Sketch of the medical history of the native army of Bombay, for the year
Year: 1875
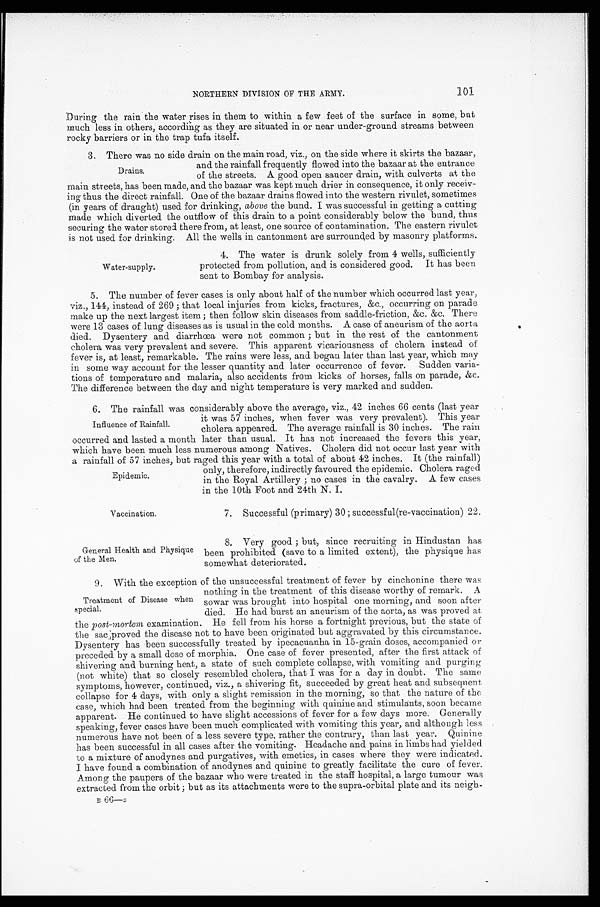
NORTHERN DIVISION OF THE ARMY.
101
During the rain the water rises in them to within a few feet of the surface in some, but
much less in others, according as they are situated in or near under-ground streams between.
rocky barriers or in the trap tufa itself.
3. There was no side drain on the main road, viz., on the side where it skirts the bazaar,
and the rainfall frequently flowed into the bazaar at the entrance
of the streets. A good open saucer drain, with culverts at the
main streets, has been made, and the bazaar was kept much drier in consequence, it only receiv -
ing thus the direct rainfall. One of the bazaar drains flowed into the western rivulet, sometimes
(in years of draught) used for drinking, above the bund. I was successful in getting a cutting
made which diverted the outflow of this drain to a point considerably below the bund, thus
securing the water stored there from, at least, one source of contamination. The eastern rivulet
is not used for drinking. All the wells in cantonment are surrounded by masonry platforms.
Drains.
Water-supply.
4. The water is drunk solely from 4 wells, sufficiently
protected from pollution, and is considered good. It has been
sent to Bombay for analysis.
5. The number of fever cases is only about half of the number which occurred last year,
viz., 144, instead of 269 ; that local injuries from kicks, fractures, &c., occurring on parade
make up the next largest item ; then follow skin diseases from saddle-friction, &c. &c. There
were 13 cases of lung diseases as is usual in the cold months. A case of aneurism of the aorta
died. Dysentery and diarrhœa were not common ; but in the rest of the cantonment
cholera was very prevalent and severe. This apparent vicariousness of cholera instead of
fever is, at least, remarkable. The rains were less, and began later than last year, which may
in some way account for the lesser quantity and later occurrence of fever. Sudden varia
- t i o n s o f t e m p e r a t u r e a n d m a l a r i a , a l s o a c c i d e n t s f r o m k i c k s o f h o r s e s , f a l l s o n p a r a d e , & c .
The difference between the day and night temperature is very marked and sudden.
6. The rainfall was considerably above the average, viz., 42 inches 66 cents (last year
it was 57 inches, when fever was very prevalent). This year
cholera appeared. The average rainfall is 30 inches. The rain
occurred and lasted a month later than usual. It has not increased the fevers this year,
which have been much less numerous among Natives. Cholera did not occur last year with
a rainfall of 57 inches, but raged this year with a total of about 42 inches. It (the rainfall)
Influence of Rainfall.
Epidemic.
Vaccination.
General Health and Physique
of the Men.
only, therefore, indirectly favoured the epidemic. Cholera rage
d in the Royal Artillery ; no cases in the cavalry. A few cases
in the 10th Foot and 24th N. I.
7. Successful (primary) 30 ; successful (re-vaccination) 22.
8. Very good ; but, since recruiting in Hindustan has
been prohibited (save to a limited extent), the physique has
somewhat deteriorated.
9. With the exception of the unsuccessful treatment of fever by cinchonine there was
nothing in the treatment of this disease worthy of remark. A
sowar was brought into hospital one morning, and soon after
died. He had burst an aneurism of the aorta, as was proved at
the post-mortem examination. He fell from his horse a fortnight previous, but the state of
the sac proved the disease not to have been originated but aggravated by this circumstance.
Dysentery has been successfully treated by ipecacuanha in 15-grain doses, accompanied or
preceded by a small dose of morphia. One case of fever presented, after the first attack of
shivering and burning heat, a state of such complete collapse, with vomiting and purging
(not white) that so closely resembled cholera, that I was for a day in doubt. The same
symptoms, however, continued, viz., a shivering fit, succeeded by great heat and subsequent
collapse for 4 days, with only a slight remission in the morning, so that the nature of the
case, which had been treated from the beginning with quinine and stimulants, soon became
apparent. He continued to have slight accessions of fever for a few days more. Generally
speaking, fever cases have been much complicated with vomiting this year, and although less
numerous have not been of a less severe type, rather the contrary, than last year. Quinine
has been successful in all cases after the vomiting. Headache and pains in limbs had yielded
to a mixture of anodynes and purgatives, with emetics, in cases where they were indicated.
I have found a combination of anodynes and quinine to greatly facilitate the cure of fever.
Among the paupers of the bazaar who were treated in the staff hospital, a large tumour was
extracted from the orbit ; but as its attachments were to the supra-orbital plate and its neigh -
B 66—z
Treatment of Disease when
special.